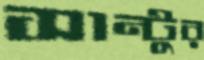
সান্টুর